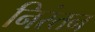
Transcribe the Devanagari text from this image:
निरंतन